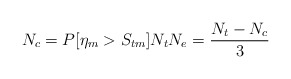
\begin{align*}N_c=P[\eta_m >S_{tm}]N_t N_e=\frac{N_t-N_c}{3}\end{align*}